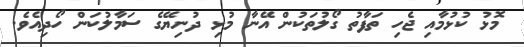
މޮޅު ކުޅުމާއި ޖެހި ތަފާތު ގޯލުތަކުން އޭނާ މުޅި ދުނިޔޭގެ ސަމާލުކަން ހޯދިއެވެ.